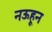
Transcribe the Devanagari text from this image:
नऊहून